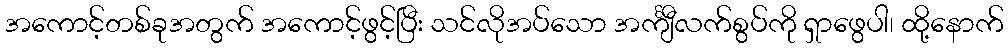
အကောင့်တစ်ခုအတွက် အကောင့်ဖွင့်ပြီး သင်လိုအပ်သော အင်္ကျီလက်စွပ်ကို ရှာဖွေပါ၊ ထို့နောက်